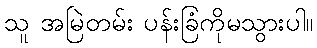
သူ အမြဲတမ်း ပန်းခြံကိုမသွားပါ။